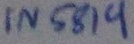
Text: IN5819